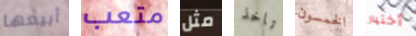
أبيعها متعب مثل تاخذ الخمسون أختيار